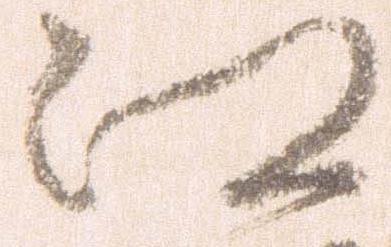
江